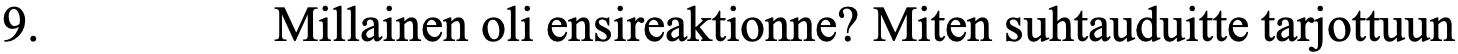
9.       Millainen oli ensireaktionne? Miten suhtauduitte tarjottuun